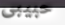
حبيبى